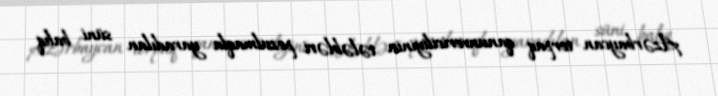
Azərbaycan torpaq qanunvericiliyinin tələbləri pozulmaqla yaradılan süni balıq